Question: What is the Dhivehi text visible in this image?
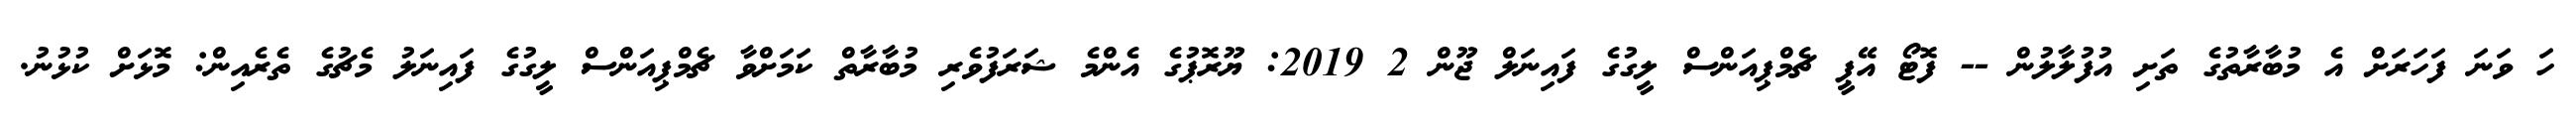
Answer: ހަ ވަނަ ފަހަރަށް އެ މުބާރާތުގެ ތަށި އުފުލާލުން -- ފޮޓޯ އޭޕީ ޗެމްޕިއަންސް ލީގުގެ ފައިނަލް ޖޫން 2 2019: ޔޫރޮޕުގެ އެންމެ ޝަރަފުވެރި މުބާރާތް ކަމަށްވާ ޗެމްޕިއަންސް ލީގުގެ ފައިނަލު މެޗުގެ ތެރެއިން: މޮޅަށް ކުޅުނު.